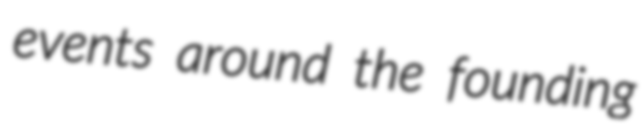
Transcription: events around the founding